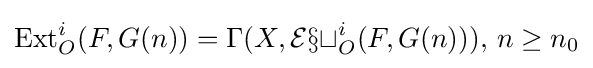
\operatorname {Ext} _{O}^{i}(F,G(n))=\Gamma (X,{\mathcal {Ext}}_{O}^{i}(F,G(n))),\,n\geq n_{0}